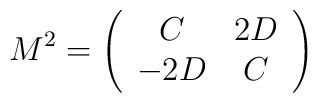
M^2 =\left(\begin{array}{cc}C & 2D \\-2D & C\end{array}\right)